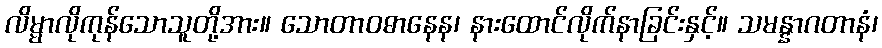
လိမ္မာလိုကုန်သောသူတို့အား။ သောတာဝဓာနေန၊ နားထောင်လိုက်နာခြင်းနှင့်။ သမန္နာဂတာနံ၊